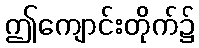
ဤကျောင်းတိုက်၌